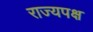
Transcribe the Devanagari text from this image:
राज्यपक्ष